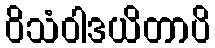
ဝိသံဝါဒယိတာပိ